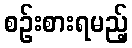
စဉ်းစားရမည့်